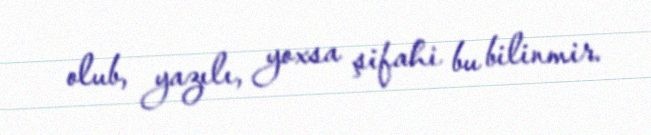
olub, yazılı, yoxsa şifahi bu bilinmir.